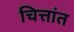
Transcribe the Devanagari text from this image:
चित्तांत